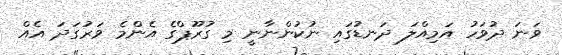
ވަނަ ދުވަހު އަމިއްލަ ދަނޑުގައި ނުކުންނާނީ މި ގުރޫޕްގެ އެންމެ ވަރުގަދަ އެއް